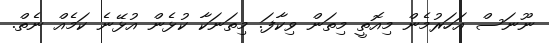
ނޫނަސް އަހަރުމެން މިއޮތީ މިތަން ވިކާފަ. މިތަނަކާ ކުޅެން އުޅޭނެ ކަމެއް ނެތް.